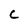
Character: C